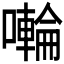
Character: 𭋳